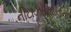
નીટાઝોનાઈડનો